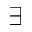
\exists